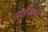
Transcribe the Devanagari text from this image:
प्रतफल